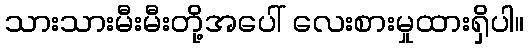
သားသားမီးမီးတို့အပေါ် လေးစားမှုထားရှိပါ။